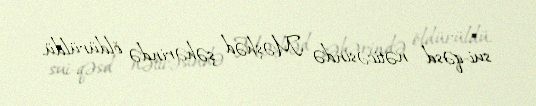
sui-qəsd nəticəsində Məşhəd şəhərində öldürüldü.